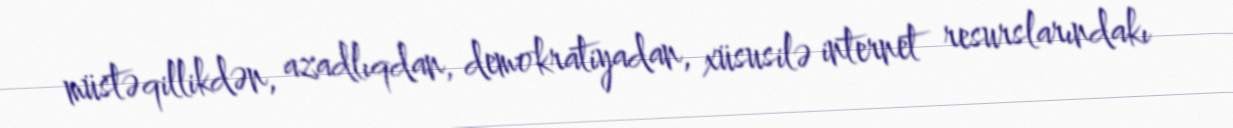
müstəqillikdən, azadlıqdan, demokratiyadan, xüsusilə internet resurslarındakı